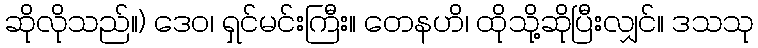
ဆိုလိုသည်။) ဒေဝ၊ ရှင်မင်းကြီး။ တေနဟိ၊ ထိုသို့ဆိုပြီးလျှင်။ ဒသသု